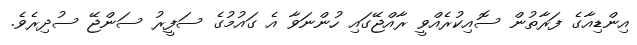
އިންޑިއާގެ ފަރާތުން ސޮއިކުރެއްވީ ރާއްޖޭގައި ހުންނަވާ އެ ގައުމުގެ ސަފީރު ސަންޖޭ ސުދިރެވެ.